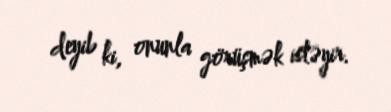
deyib ki, onunla görüşmək istəyir.